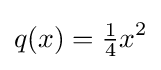
q(x)={\tfrac {1}{4}}x^{2}